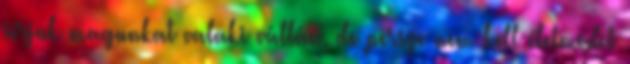
sírjuk magunkat valaki vállán, de persze nem kell életmódot